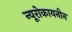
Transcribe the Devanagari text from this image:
न्यूरोकायनीन